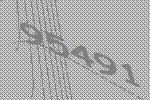
95491